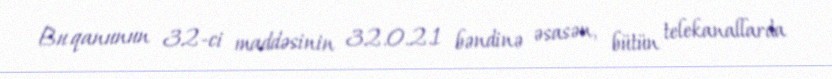
Bu qanunun 32-ci maddəsinin 32.0.2.1 bəndinə əsasən, bütün telekanallarda